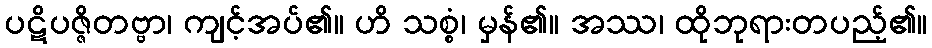
ပဋိပဇ္ဇိတဗ္ဗာ၊ ကျင့်အပ်၏။ ဟိ သစ္စံ၊ မှန်၏။ အဿ၊ ထိုဘုရားတပည့်၏။